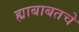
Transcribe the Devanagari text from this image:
ह्याबाबतचे